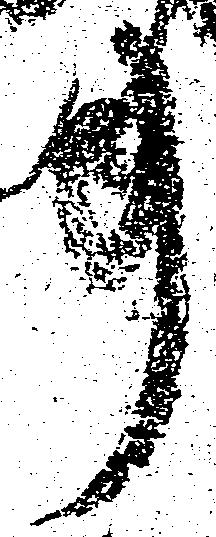
事